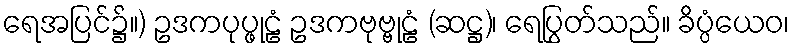
ရေအပြင်၌။) ဥဒကပုပ္ဖုဠံ ဥဒကဗုဗ္ဗုဠံ (ဆဋ္ဌ)၊ ရေပြွတ်သည်။ ခိပ္ပံယေဝ၊